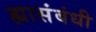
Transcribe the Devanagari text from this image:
ह्यासंबंधी